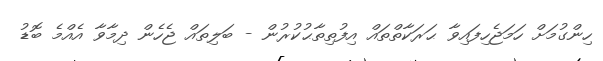
ހިންގުމަށް ހަމަޖެހިފައިވާ ޙަރަކާތްތައް އިފުތިތާޙުކުރުން - ބަލިތައް ޖެހެން ދިމާވާ އެއްމެ ބޮޑު